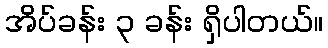
အိပ်ခန်း ၃ ခန်း ရှိပါတယ်။